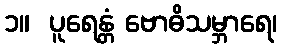
၁။  ပူရေန္တံ ဗောဓိသမ္ဘာရေ၊